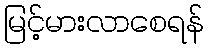
မြင့်မားလာစေရန်